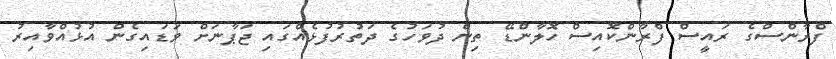
ފްރާންސްގެ ރައީސް ފްރާންކޮއިސް ހޮލާންޑޭ ތިން ދުވަހުގެ ދަތުރުފުޅެއްގައި ޖަޕާނަށް ވަޑައިގެން އުޅުއްވާއިރު